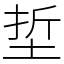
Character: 埑